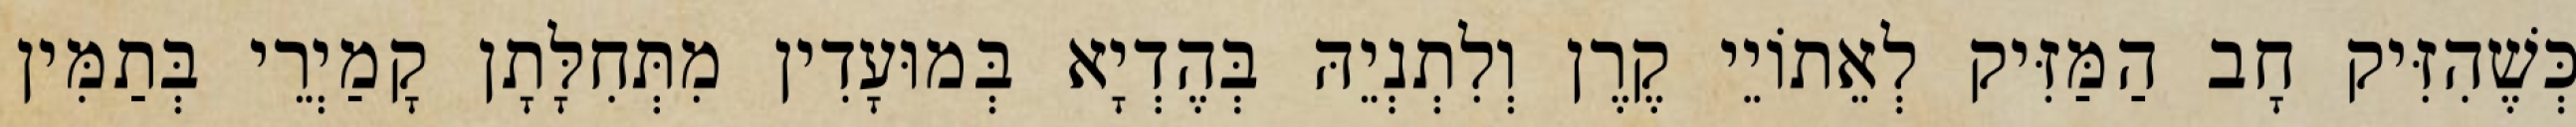
כְּשֶׁהִזִּיק חָב הַמַּזִּיק לְאֵתוֹיֵי קֶרֶן וְלִתְנְיֵהּ בְּהֶדְיָא בְּמוּעָדִין מִתְּחִלָּתָן קָמַיְרֵי בְּתַמִּין